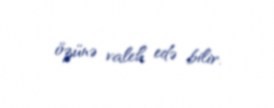
özünə valeh edə bilir.